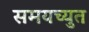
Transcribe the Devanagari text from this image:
समयच्युत